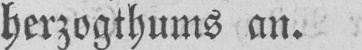
herzogthums an.